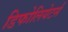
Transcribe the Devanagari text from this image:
डिफोलियेटर्स